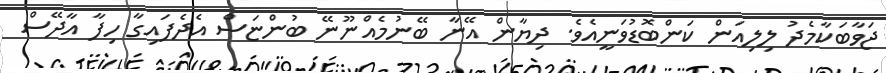
ޖަވާބަކާމެދު ލިލިއަން ކަންބޮޑުވަނީއެވެ. ދިޔާން އޭނާ ބޭނުމެއްނޫނޭ ބުންޏަސް އެދެފައިގާ ހިފާ އާދޭސް